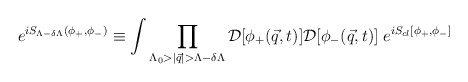
\begin{align*}e^{i S_{\Lambda - \delta \Lambda}(\phi_+,\phi_-)} \equiv \int \prod_{\Lambda_0>|{\vec q}| > \Lambda-\delta \Lambda} {\cal D}[\phi_+({\vec q},t)] {\cal D}[\phi_-({\vec q},t)] \; e^{i S_{cl}[\phi_+,\phi_-]}\end{align*}